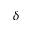
\delta